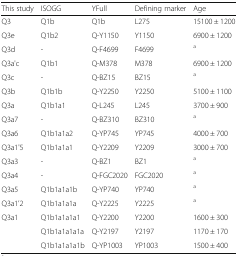
| This study | ISOGG | YFull | Defining marker | Age |
 | --- | --- | --- | --- | --- |
 | Q3 | Q1b | Q1b | L275 | 15100 ± 1200 |
 | Q3e | Q1b2 | Q-Y1150 | Y1150 | 6900 ± 1200 |
 | Q3d | - | Q-F4699 | F4699 | a |
 | Q3a'c | Q1b1 | Q-M378 | M378 | 6900 ± 1200 |
 | Q3c | - | Q-BZ15 | BZ15 | a |
 | Q3b | Q1b1b | Q-Y2250 | Y2250 | 5100 ± 1100 |
 | Q3a | Q1b1a1 | Q-L245 | L245 | 3700 ± 900 |
 | Q3a7 | - | Q-BZ310 | BZ310 | a |
 | Q3a6 | Q1b1a1a2 | Q-YP745 | YP745 | 4000 ± 700 |
 | Q3a1'5 | Q1b1a1a1 | Q-Y2209 | Y2209 | 3000 ± 700 |
 | Q3a3 | - | Q-BZ1 | BZ1 | a |
 | Q3a4 | - | Q-FGC2020 | FGC2020 | a |
 | Q3a5 | Q1b1a1a1b | Q-YP740 | YP740 | a |
 | Q3a1’2 | Q1b1a1a1a | Q-Y2225 | Y2225 | a |
 | Q3a1 | Q1b1a1a1a1 | Q-Y2200 | Y2200 | 1600 ± 300 |
 |  | Q1b1a1a1a1a | Q-Y2197 | Y2197 | 1170 ± 170 |
 |  | Q1b1a1a1a1b | Q-YP1003 | YP1003 | 1500 ± 400 |